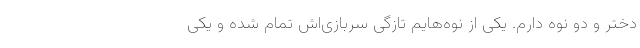
دختر و دو نوه دارم. یکی از نوه‌هایم تازگی سربازی‌اش تمام شده و یکی